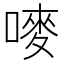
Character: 嘜